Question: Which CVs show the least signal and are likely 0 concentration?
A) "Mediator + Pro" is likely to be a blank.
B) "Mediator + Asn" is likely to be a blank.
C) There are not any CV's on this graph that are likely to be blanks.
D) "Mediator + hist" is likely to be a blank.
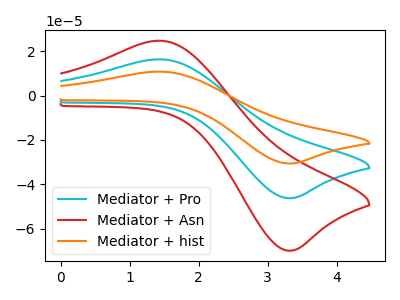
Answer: <think>The cyan curve "Mediator + Pro" has an anodic peak at (1.45V, 16.40uA) and a cathodic peak at (3.30V, -46.25uA). The red curve "Mediator + Asn" has an anodic peak at (1.45V, 24.80uA) and a cathodic peak at (3.30V, -69.95uA). The orange curve "Mediator + hist" has an anodic peak at (1.45V, 32.80uA) and a cathodic peak at (3.30V, -92.50uA).</think>
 <answer>C) There are not any CV's on this graph that are likely to be blanks.</answer>
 <eval>C</eval>